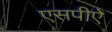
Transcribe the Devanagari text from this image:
एसपीऐ